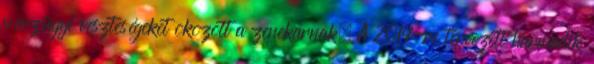
pénzügyi veszteségeket okozott a zenekarnak. A 2014-re tervezett harmadik